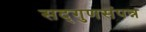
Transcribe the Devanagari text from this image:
सद्‌गुणसंपन्न